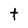
Character: t